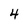
Character: 4